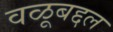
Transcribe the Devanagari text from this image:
वळूबद्दल